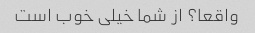
واقعا؟ از شما خیلی خوب است